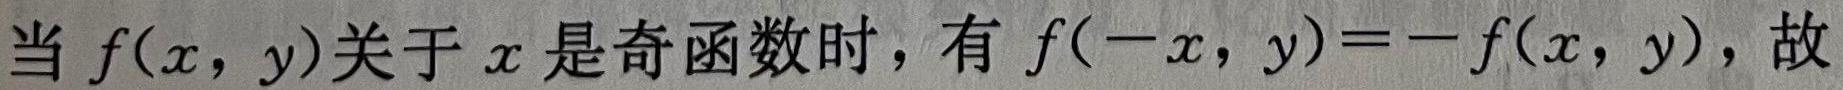
当 $f(x,y)$ 关于 $x$ 是奇函数时，有 $f(-x,y)=-f(x,y)$，故